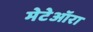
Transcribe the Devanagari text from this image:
मेटेऑरा